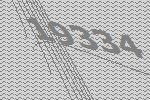
19334